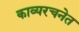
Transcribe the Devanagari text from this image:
काव्यरचनेत